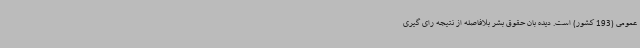
عمومی (193 کشور) است. دیده بان حقوق بشر بلافاصله از نتیجه رای گیری